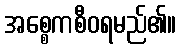
အစ္စေကစီဝရမည်၏။